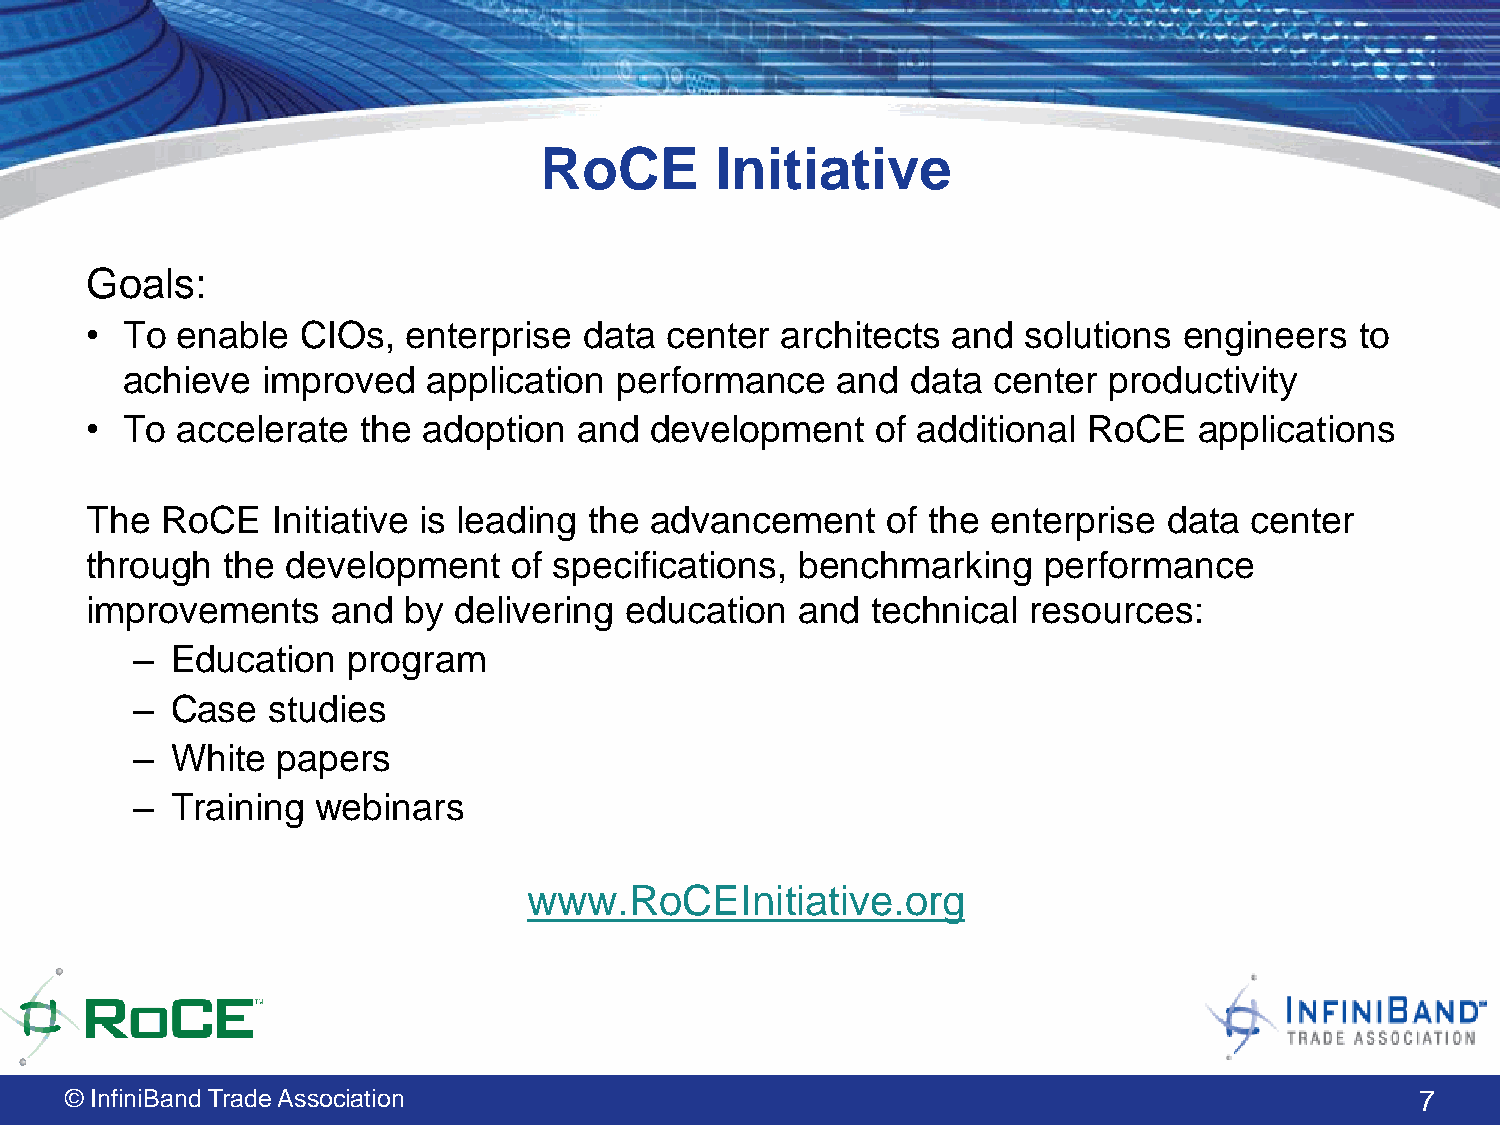
RoCE       Initiative
 Goals:
 • To  enable  CIOs,  enterprise  data center  architects and  solutions engineers   to
 achieve  improved   application  performance   and  data  center productivity
 • To  accelerate  the adoption  and  development    of additional RoCE   applications
 The  RoCE   Initiative is leading the advancement    of the enterprise data  center
 through  the development    of specifications, benchmarking    performance
 improvements    and  by delivering education   and  technical resources:
 – Education   program
 – Case   studies
 – White  papers
 – Training  webinars
 www.RoCEInitiative.org
 © InfiniBand Trade Association                                                            7